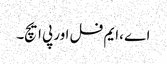
اے ،ایم فل اور پی ایچ۔